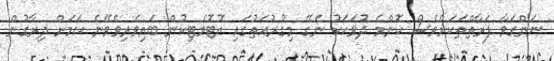
ނަންގަވާ ފަރާތްތަކަށްވެސް ކޮންމެ ދުވަހަކު ނެގޭ މިގުރުއަތުގައި އޮޓޮމެޓިކުން ބައިވެރިވެވޭނެ ކަމަށް ދިރާގުން